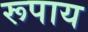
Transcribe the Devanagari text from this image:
रूपाय